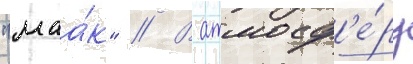
"маа́к" // В атмосф'е́ру